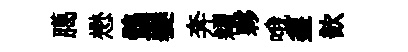
臈懋鶻夔奔糴夥哦埀歆